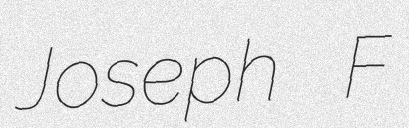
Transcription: Joseph F